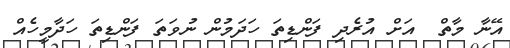
އޭނާ މާތް  އަށް އުރެދި ފަންޑިތަ ހަދަމުން ނުވަތަ ފަންޑިތަ ހަދާމީހެއް